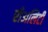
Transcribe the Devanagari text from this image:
रीअलिटी